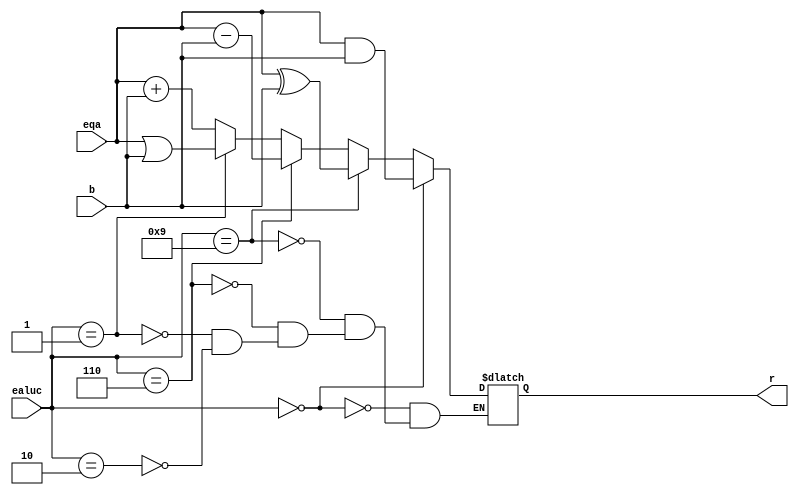
`timescale 1ns / 1ps

module Alu(input [31:0] eqa, input [31:0] b, input [3:0]ealuc, output reg [31:0] r);
always @ (*)begin
            if (ealuc == 4'b0010)begin //add
                r <= eqa + b;
            end
            if (ealuc == 4'b0001)begin //or
                r <= eqa | b;
            end
            if (ealuc == 4'b0110)begin //sub
                r <= eqa - b;
            end
            if (ealuc == 4'b1001)begin //xor  
                r <= eqa ^ b;
            end
            if (ealuc == 4'b0000)begin //and   
                r <= eqa & b;
            end
    end
endmodule
// 0010 add
// 0110 subtract
// 0000 and
// 0001 or
// 1100 nor